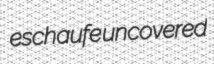
eschaufe uncovered